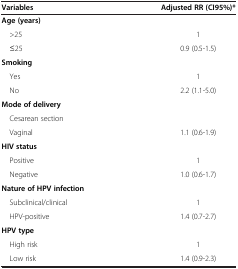
| Variables | Adjusted RR (CI95%)* |
 | --- | --- |
 | Age (years) |  |
 | >25 | 1 |
 | ≤25 | 0.9 (0.5-1.5) |
 | Smoking |  |
 | Yes | 1 |
 | No | 2.2 (1.1-5.0) |
 | Mode of delivery |  |
 | Cesarean section |  |
 | Vaginal | 1.1 (0.6-1.9) |
 | HIV status |  |
 | Positive | 1 |
 | Negative | 1.0 (0.6-1.7) |
 | <COLSPAN=2> Nature of HPV infection |
 | Subclinical/clinical | 1 |
 | HPV-positive | 1.4 (0.7-2.7) |
 | HPV type |  |
 | High risk | 1 |
 | Low risk | 1.4 (0.9-2.3) |